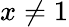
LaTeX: x\neq 1